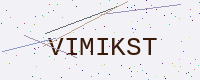
Text: VIMIKST